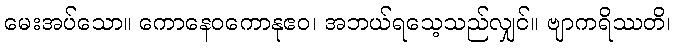
မေးအပ်သော။ ကောနေဝကောနုဧဝ၊ အဘယ်ရသေ့သည်လျှင်။ ဗျာကရိဿတိ၊